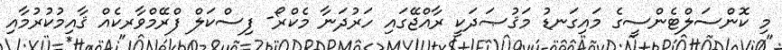
މި ކޮންސަލްޓެންސީގެ މައިގަނޑު މަޤުޞަދަކީ ރާއްޖޭގައި ހަރުދަނާ މެކްރޯ- ފިސްކަލް ފްރޭމްވާރކެއް ޤާއިމުކުރުމާއި